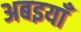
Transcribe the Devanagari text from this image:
अबइयाँ